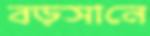
বড়সানে